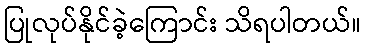
ပြုလုပ်နိုင်ခဲ့ကြောင်း သိရပါတယ်။